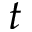
t